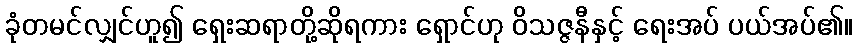
ခုံတမင်လျှင်ဟူ၍ ရှေးဆရာတို့ဆိုရကား ရှောင်ဟု ဝိသဇ္ဇနီနှင့် ရေးအပ် ပယ်အပ်၏။